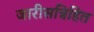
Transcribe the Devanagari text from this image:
जारीसन्निहित